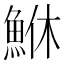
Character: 鮴